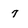
Character: 7